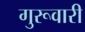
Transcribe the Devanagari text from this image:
गुरूवारी